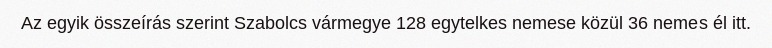
Az egyik összeírás szerint Szabolcs vármegye 128 egytelkes nemese közül 36 nemes él itt.